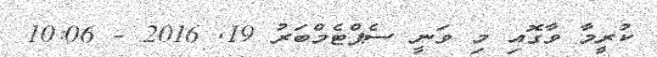
ކުރީމާ ވާގޮއި މި ވަނީ ސެޕްޓެމްބަރު 19